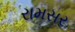
રામસર